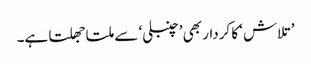
’تلاش ‘کا کردار بھی ’چنبلی‘ سے ملتا جھلتا ہے۔